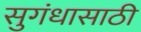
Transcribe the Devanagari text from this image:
सुगंधासाठी